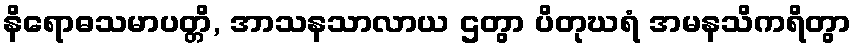
နိရောဓသမာပတ္တိ, အာသနသာလာယ ဌတွာ ပိတုဃရံ အမနသိကရိတွာ